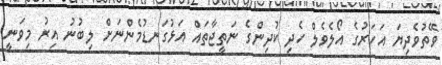
ވޭތުވެދިޔަ އަހަރުގެ އޯލެވެލް ހެދި ކުދިންގެ ނަތީޖާތައް އަޅުގަނޑުމެންނަށް ލިބުނު އިރު މިވަނީ